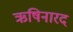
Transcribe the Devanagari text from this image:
ऋषिनारद